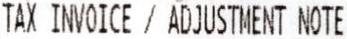
TAX INVOICE / ADJUSTMENT NOTE